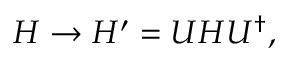
H \to H ^ { \prime } = U H U ^ { \dagger } ,